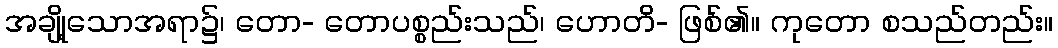
အချို့သောအရာ၌၊ တော- တောပစ္စည်းသည်၊ ဟောတိ- ဖြစ်၏။ ကုတော စသည်တည်း။